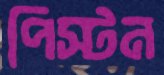
পিস্টন